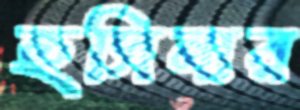
হসিনার